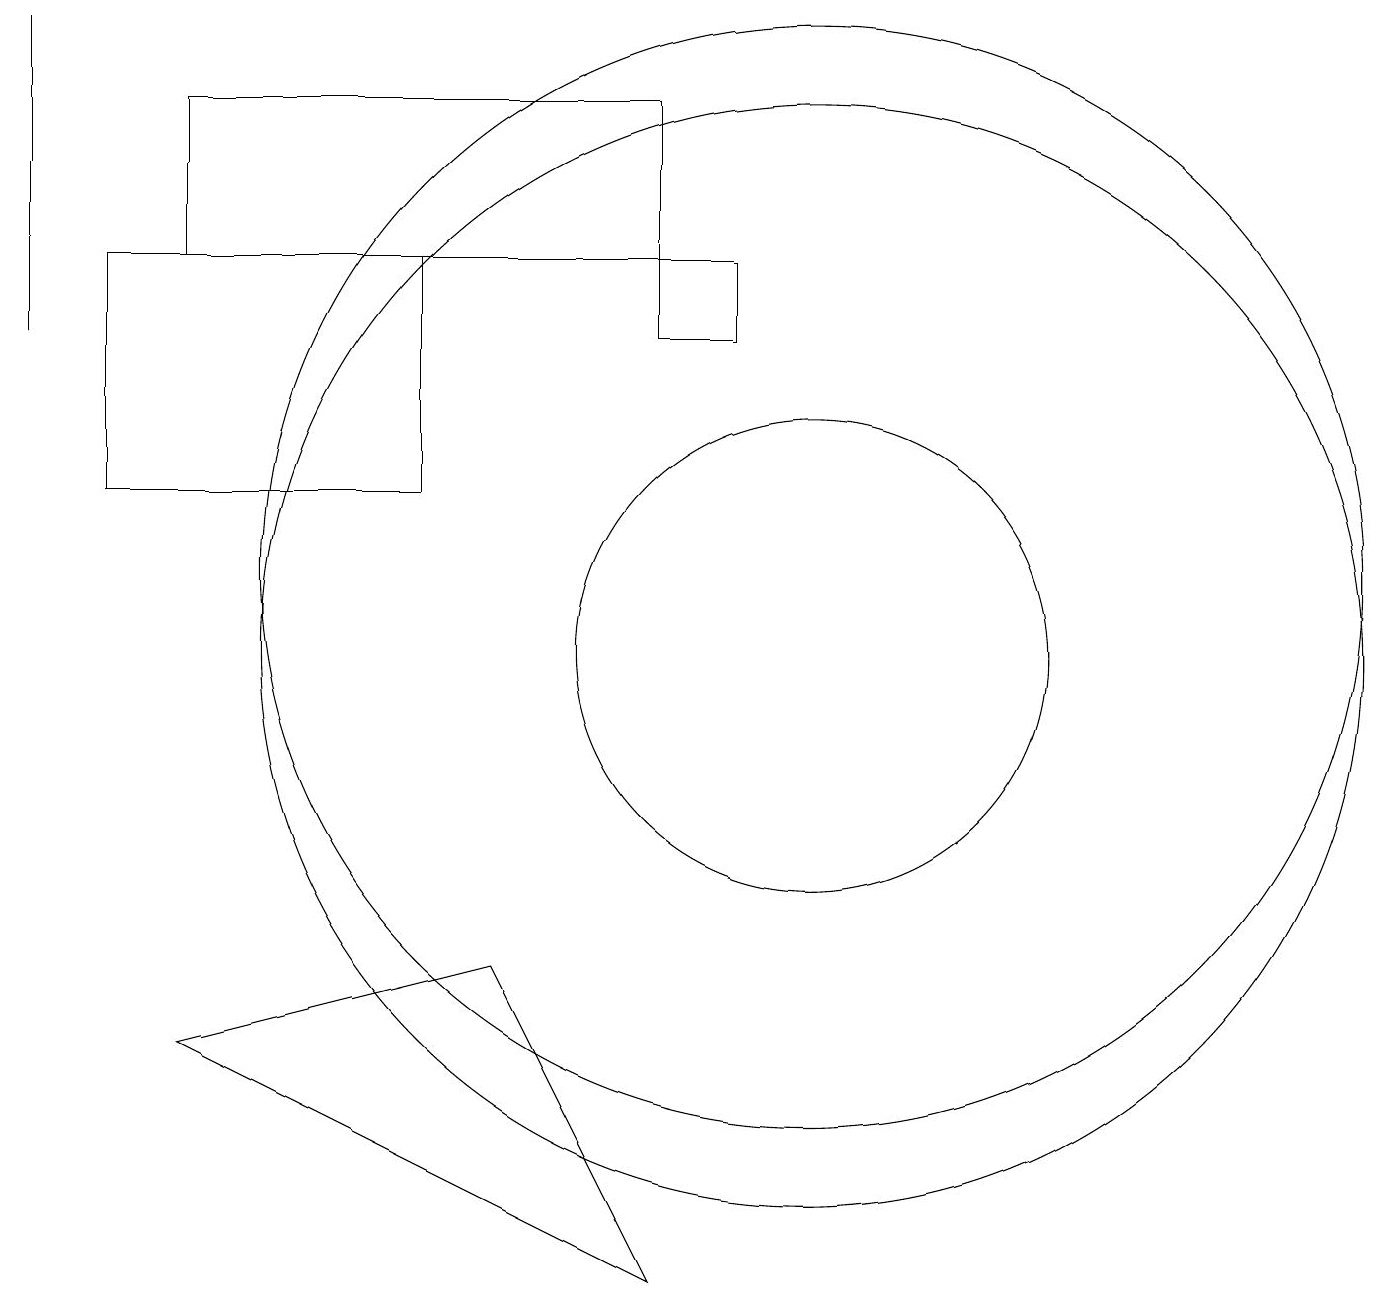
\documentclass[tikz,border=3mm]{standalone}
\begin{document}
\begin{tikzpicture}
\draw (9,15) rectangle (8,14);
\draw (0,14) rectangle (0,18);
\draw (10,11) circle (7);
\draw (5,12) rectangle (1,15);
\draw (10,10) circle (7);
\draw (2,5) -- (8,2) -- (6,6) -- cycle;
\draw (10,10) circle (3);
\draw (2,15) rectangle (8,17);
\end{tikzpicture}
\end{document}